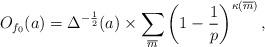
LaTeX: \begin{align*}O_{f_0}(a)= \Delta^{-\frac{1}{2}}(a) \times \sum_{\overline{m}} \left( 1- \frac{1}{p} \right)^{\kappa(\overline{m})},\end{align*}